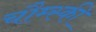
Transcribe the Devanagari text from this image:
चौम्स्की